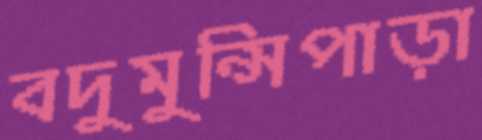
বদুমুন্সিপাড়া